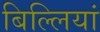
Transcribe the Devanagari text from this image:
बिल्‍लियां